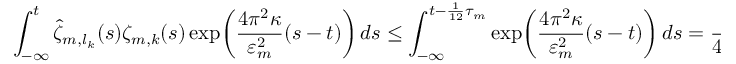
\int _ { - \infty } ^ { t } \hat { \zeta } _ { m , l _ { k } } ( s ) \zeta _ { m , k } ( s ) \exp \mathopen { } \mathclose \bgroup \left( \frac { 4 \pi ^ { 2 } \kappa } { \varepsilon _ { m } ^ { 2 } } ( s - t ) \aftergroup \egroup \right) \, d s \leq \int _ { - \infty } ^ { t - \frac 1 { 1 2 } \tau _ { m } } \exp \mathopen { } \mathclose \bgroup \left( \frac { 4 \pi ^ { 2 } \kappa } { \varepsilon _ { m } ^ { 2 } } ( s - t ) \aftergroup \egroup \right) \, d s = \frac { \varepsilon _ { m } ^ { 2 } } { 4 \pi ^ { 2 } \kappa } \exp \mathopen { } \mathclose \bgroup \left( - \frac { \pi ^ { 2 } \kappa \tau _ { m } } { 3 \varepsilon _ { m } ^ { 2 } } \aftergroup \egroup \right) \, .